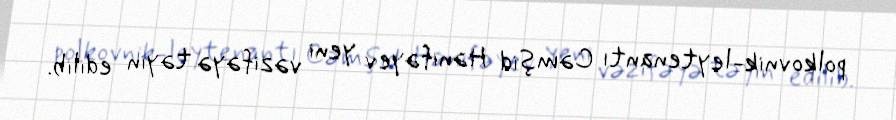
polkovnik-leytenantı Cəmşid Hənifəyev yeni vəzifəyə təyin edilib.